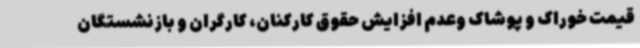
قیمت خوراک و پوشاک وعدم افزایش حقوق کارکنان، کارگران و بازنشستگان